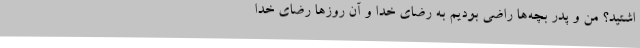
اشتید؟ من و پدر بچه‌ها راضی بودیم به رضای خدا و آن روزها رضای خدا